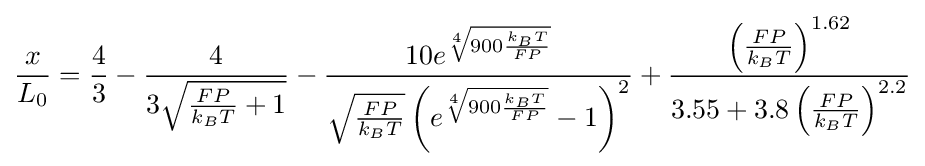
{\frac {x}{L_{0}}}={\frac {4}{3}}-{\frac {4}{3{\sqrt {{\frac {FP}{k_{B}T}}+1}}}}-{\frac {10e^{\sqrt[{4}]{900{\frac {k_{B}T}{FP}}}}}{{\sqrt {\frac {FP}{k_{B}T}}}\left(e^{\sqrt[{4}]{900{\frac {k_{B}T}{FP}}}}-1\right)^{2}}}+{\frac {\left({\frac {FP}{k_{B}T}}\right)^{1.62}}{3.55+3.8\left({\frac {FP}{k_{B}T}}\right)^{2.2}}}